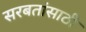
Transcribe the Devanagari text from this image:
सरबतांसाठी